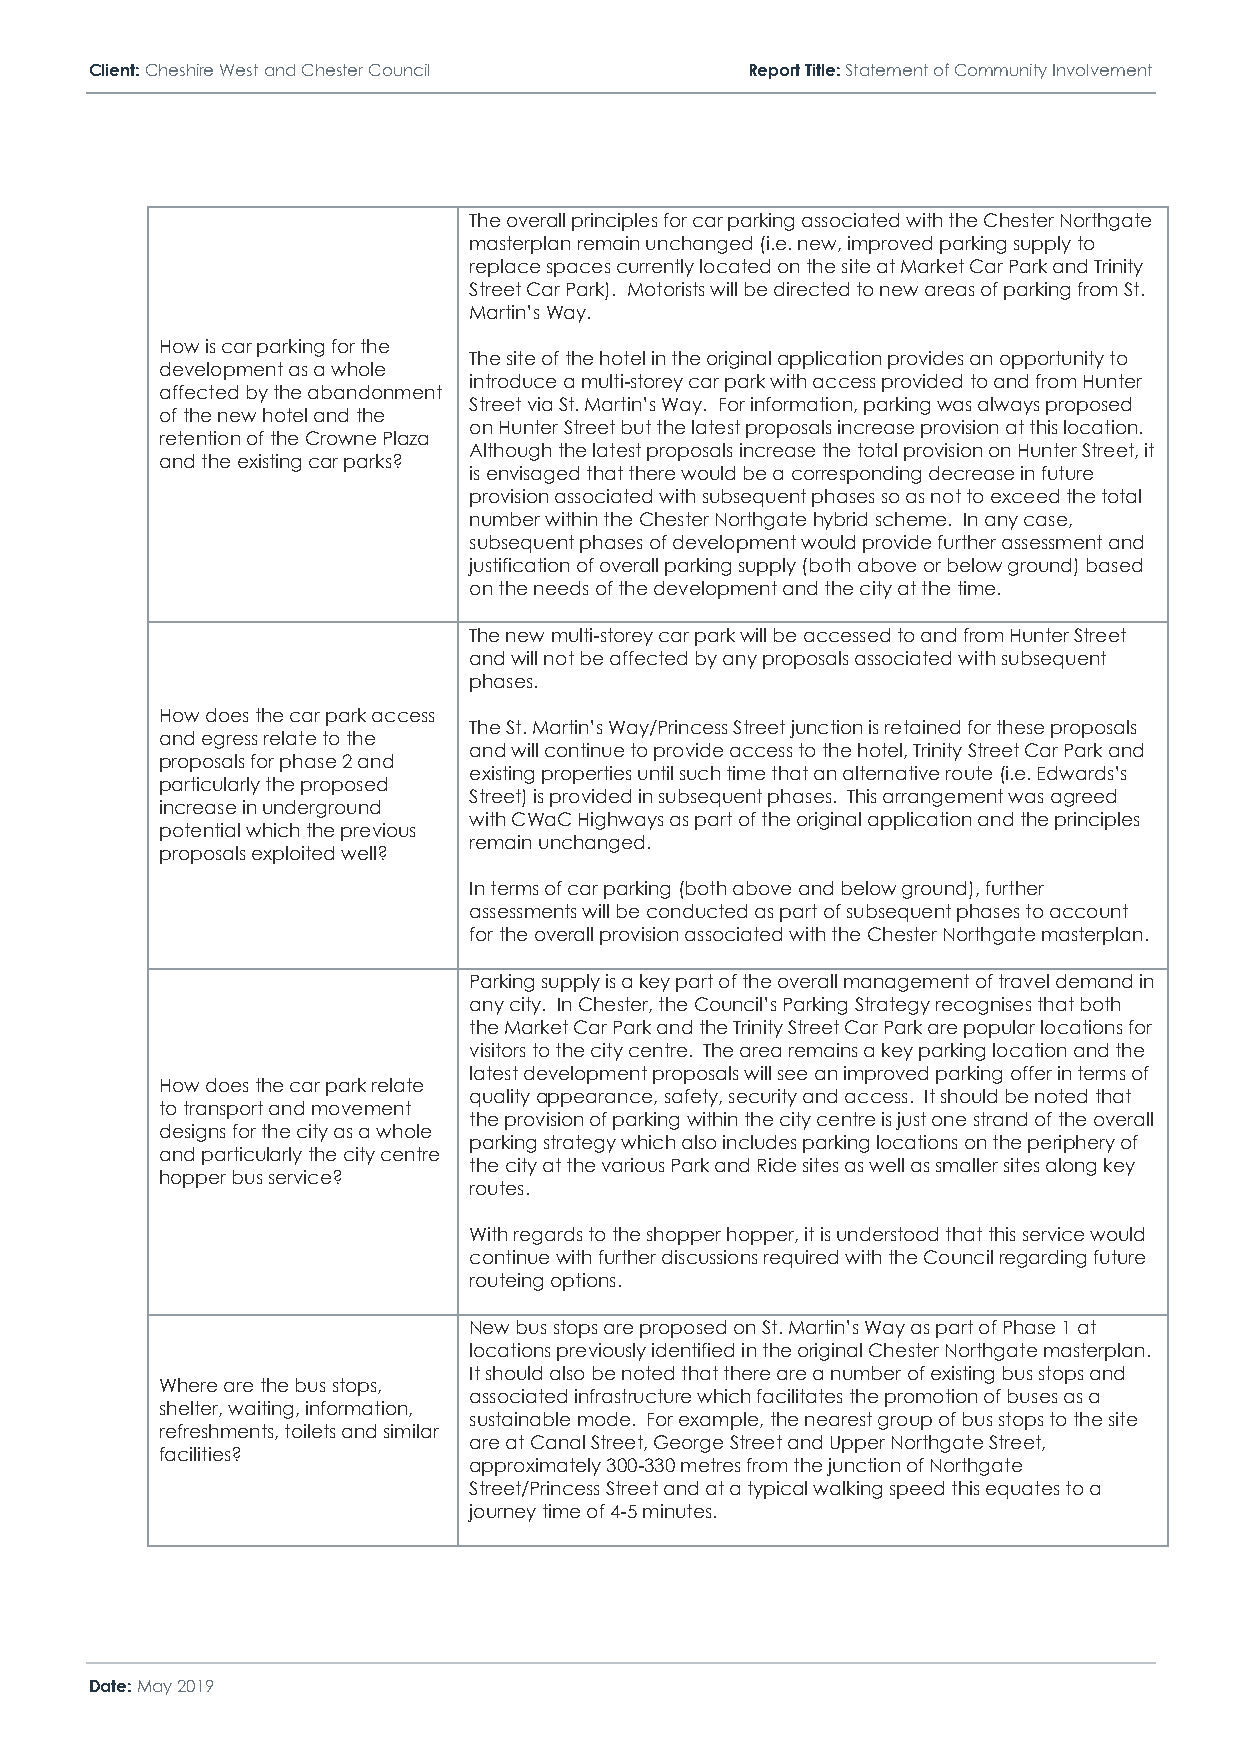
Client: Cheshire West and Chester Council  Report Title: Statement of Community Involvement
 The overall principles for car parking associated with the Chester Northgate
 masterplan remain unchanged (i.e. new, improved parking supply to
 replace spaces currently located on the site at Market Car Park and Trinity
 Street Car Park). Motorists will be directed to new areas of parking from St.
 Martin’s Way.
 How is car parking for the
 The site of the hotel in the original application provides an opportunity to
 development as a whole
 introduce a multi-storey car park with access provided to and from Hunter
 affected by the abandonment
 Street via St. Martin’s Way. For information, parking was always proposed
 of the new hotel and the
 on Hunter Street but the latest proposals increase provision at this location.
 retention of the Crowne Plaza
 Although the latest proposals increase the total provision on Hunter Street, it
 and the existing car parks?
 is envisaged that there would be a corresponding decrease in future
 provision associated with subsequent phases so as not to exceed the total
 number within the Chester Northgate hybrid scheme. In any case,
 subsequent phases of development would provide further assessment and
 justification of overall parking supply (both above or below ground) based
 on the needs of the development and the city at the time.
 The new multi-storey car park will be accessed to and from Hunter Street
 and will not be affected by any proposals associated with subsequent
 phases.
 How does the car park access
 The St. Martin’s Way/Princess Street junction is retained for these proposals
 and egress relate to the
 and will continue to provide access to the hotel, Trinity Street Car Park and
 proposals for phase 2 and
 existing properties until such time that an alternative route (i.e. Edwards’s
 particularly the proposed
 Street) is provided in subsequent phases. This arrangement was agreed
 increase in underground
 with CWaC Highways as part of the original application and the principles
 potential which the previous
 remain unchanged.
 proposals exploited well?
 In terms of car parking (both above and below ground), further
 assessments will be conducted as part of subsequent phases to account
 for the overall provision associated with the Chester Northgate masterplan.
 Parking supply is a key part of the overall management of travel demand in
 any city. In Chester, the Council’s Parking Strategy recognises that both
 the Market Car Park and the Trinity Street Car Park are popular locations for
 visitors to the city centre. The area remains a key parking location and the
 latest development proposals will see an improved parking offer in terms of
 How does the car park relate
 quality appearance, safety, security and access. It should be noted that
 to transport and movement
 the provision of parking within the city centre is just one strand of the overall
 designs for the city as a whole
 parking strategy which also includes parking locations on the periphery of
 and particularly the city centre
 the city at the various Park and Ride sites as well as smaller sites along key
 hopper bus service?
 routes.
 With regards to the shopper hopper, it is understood that this service would
 continue with further discussions required with the Council regarding future
 routeing options.
 New bus stops are proposed on St. Martin’s Way as part of Phase 1 at
 locations previously identified in the original Chester Northgate masterplan.
 It should also be noted that there are a number of existing bus stops and
 Where are the bus stops,
 associated infrastructure which facilitates the promotion of buses as a
 shelter, waiting, information,
 sustainable mode. For example, the nearest group of bus stops to the site
 refreshments, toilets and similar
 are at Canal Street, George Street and Upper Northgate Street,
 facilities?
 approximately 300-330 metres from the junction of Northgate
 Street/Princess Street and at a typical walking speed this equates to a
 journey time of 4-5 minutes.
 Date: May 2019